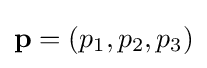
\mathbf {p} =(p_{1},p_{2},p_{3})